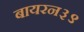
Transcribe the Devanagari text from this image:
बायरन३९